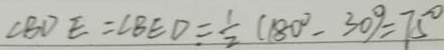
\angle B D E = \angle B E D = \frac { 1 } { 2 } ( 1 8 0 ^ { \circ } - 3 0 ^ { \circ } ) = 7 5 ^ { \circ }